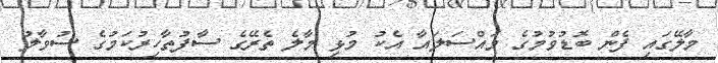
މާލޭގައި ފެން ބޮޑުވުމުގެ މައްސަލައާ އެކު މުޅި މާލެ ތެރޭގެ ސާފުތާހިރުކަމުގެ ސުވާލު